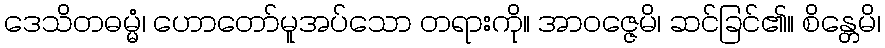
ဒေသိတဓမ္မံ၊ ဟောတော်မူအပ်သော တရားကို။ အာဝဇ္ဇေမိ၊ ဆင်ခြင်၏။ စိန္တေမိ၊